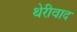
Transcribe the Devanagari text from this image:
थेरीवाद